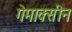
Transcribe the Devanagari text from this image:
गेमाक्सीन